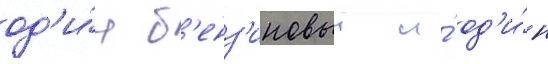
од'и́н б'енз'иновыи и́ од'и́н